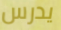
يدرس